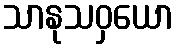
သာနုသဝှယော